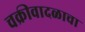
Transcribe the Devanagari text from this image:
चक्रीवादळाचा